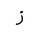
Letter: _zay